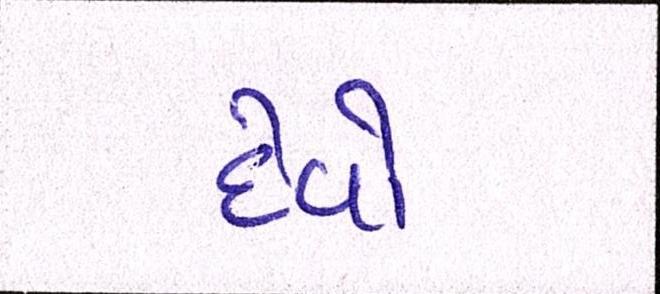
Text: દેવો